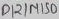
Text: D121NISD